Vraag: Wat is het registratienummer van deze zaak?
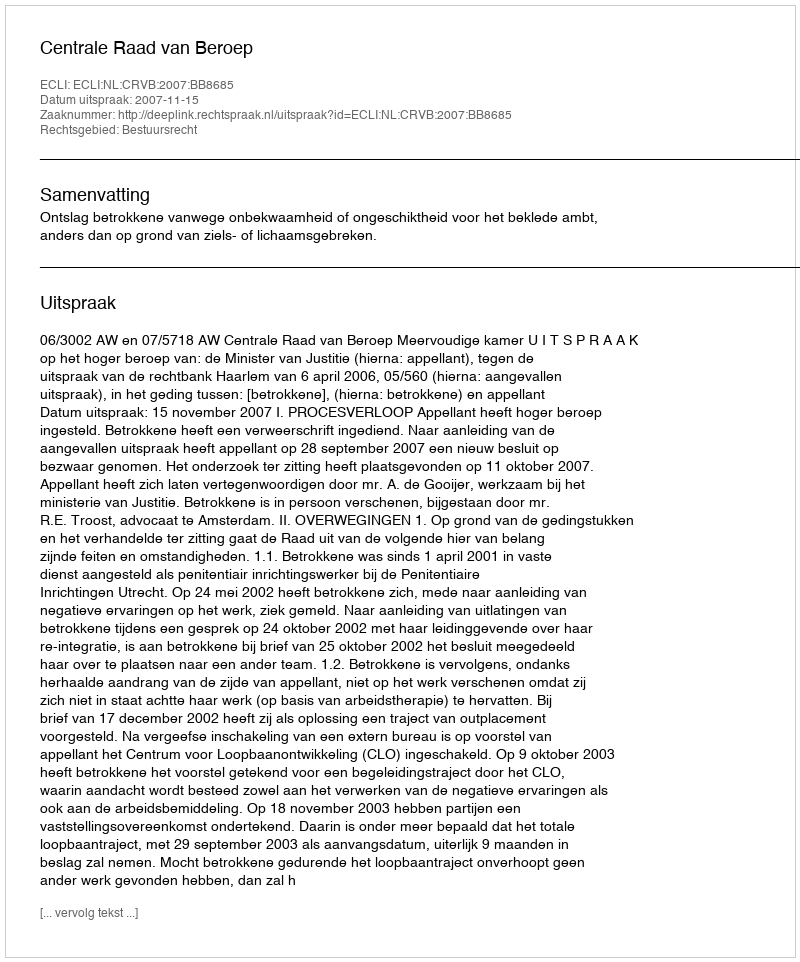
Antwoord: http://deeplink.rechtspraak.nl/uitspraak?id=ECLI:NL:CRVB:2007:BB8685